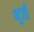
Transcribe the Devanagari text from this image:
भूर्जी